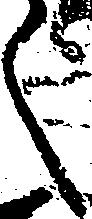
く